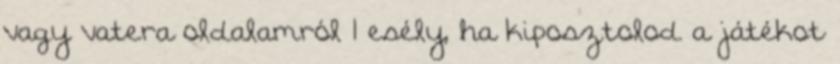
vagy vatera oldalamról 1 esély, ha kiposztolod a játékot